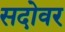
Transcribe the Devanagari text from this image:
सदोवर